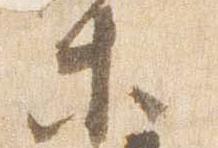
等